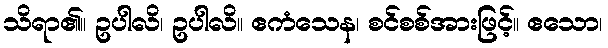
သိရာ၏။ ဥပါလိ၊ ဥပါလိ။ ဧကံသေန၊ စင်စစ်အားဖြင့်။ ဧသော၊